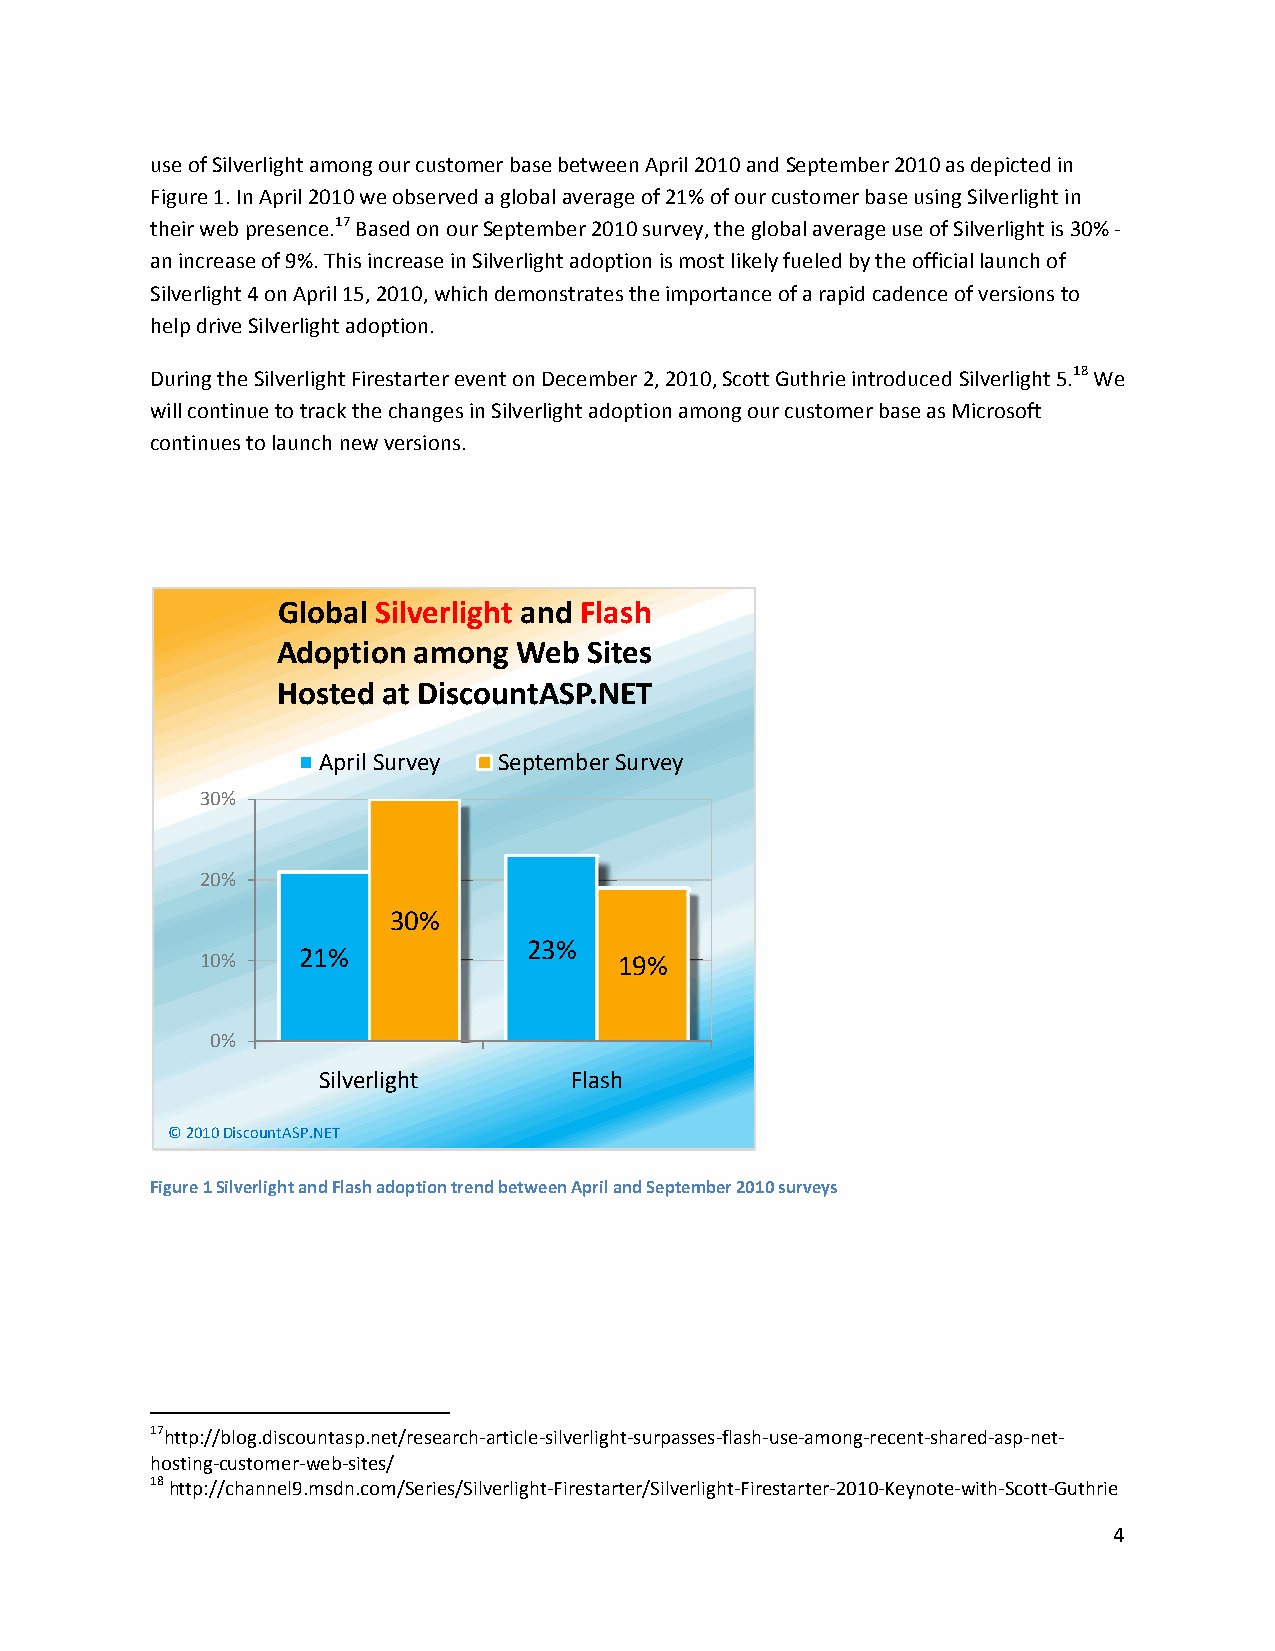
use of Silverlight among our customer base between April 2010 and September 2010 as depicted in
 Figure 1. In April 2010 we observed a global average of 21% of our customer base using Silverlight in
 their web presence.17 Based on our September 2010 survey, the global average use of Silverlight is 30% ‐
 an increase of 9%. This increase in Silverlight adoption is most likely fueled by the official launch of
 Silverlight 4 on April 15, 2010, which demonstrates the importance of a rapid cadence of versions to
 help drive Silverlight adoption.
 During the Silverlight Firestarter event on December 2, 2010, Scott Guthrie introduced Silverlight 5.18 We
 will continue to track the changes in Silverlight adoption among our customer base as Microsoft
 continues to launch new versions.
 Global Silverlight and Flash
 Adoption among  Web  Sites
 Hosted at DiscountASP.NET
 April Survey September Survey
 30%
 20%
 30%
 23%
 21%
 10%                         19%
 0%
 Silverlight      Flash
 ©© 22001100 DDiissccoouunnttAASSPP..NNEETT
 Figure 1 Silverlight and Flash adoption trend between April and September 2010 surveys
 17http://blog.discountasp.net/research‐article‐silverlight‐surpasses‐flash‐use‐among‐recent‐shared‐asp‐net‐
 hosting‐customer‐web‐sites/
 18 http://channel9.msdn.com/Series/Silverlight‐Firestarter/Silverlight‐Firestarter‐2010‐Keynote‐with‐Scott‐Guthrie
 4